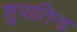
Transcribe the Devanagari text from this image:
शुयातिना